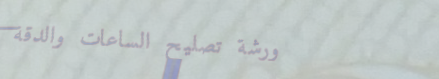
ورشة تصليح الساعات والدقة